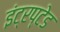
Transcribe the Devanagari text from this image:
इंट्रप्टेड